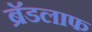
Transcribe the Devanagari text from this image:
ब्रॅडलाफ